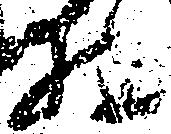
相